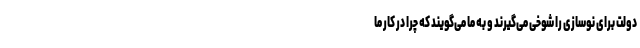
دولت برای نوسازی را شوخی می‌گیرند و به ما می‌گویند که چرا در کار ما